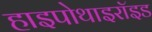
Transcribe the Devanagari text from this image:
हाइपोथाइरॉइड